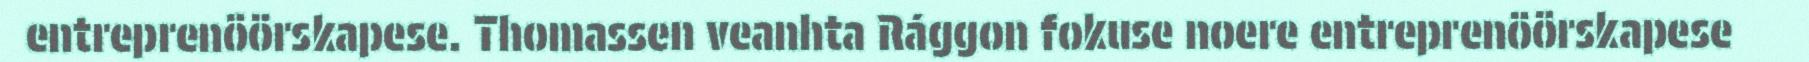
entreprenöörskapese. Thomassen veanhta Rággon fokuse noere entreprenöörskapese